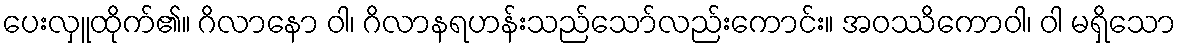
ပေးလှူထိုက်၏။ ဂိလာနော ဝါ၊ ဂိလာနရဟန်းသည်သော်လည်းကောင်း။ အဝဿိကောဝါ၊ ဝါ မရှိသော